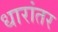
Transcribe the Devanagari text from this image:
धारांतर